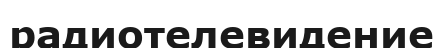
радиотелевидение